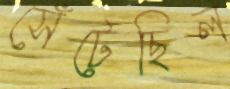
সেঁটেছিল